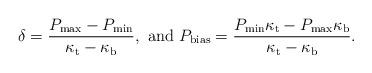
LaTeX: \begin{align*}\delta=\frac{P_{\rm max}-P_{\rm min}}{\kappa_{\rm t}-\kappa_{\rm b}}, \,\, {\rm and} \,\, P_{\rm bias}=\frac{P_{\rm min}\kappa_{\rm t}-P_{\rm max}\kappa_{\rm b}}{\kappa_{\rm t}-\kappa_{\rm b}}.\end{align*}